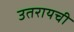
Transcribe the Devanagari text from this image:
उतरायची